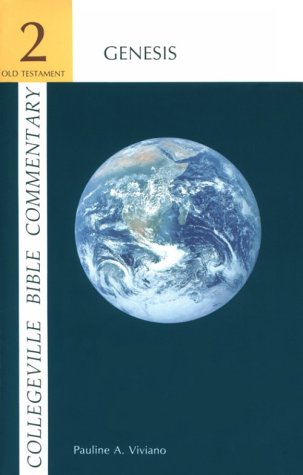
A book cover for Collegeville Bible Commentary Old Testament Volume 2: Genesis; Pauline A. Viviano; Christian Books & Bibles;